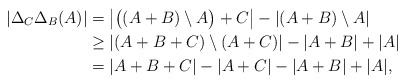
\begin{align*}\left|\Delta_C\Delta_B(A)\right|&=\left|\big((A+B)\setminus A\big)+C\right|- \left|(A+B)\setminus A\right| \\&\geq \left|(A+B+C)\setminus (A+C)\right|- \left|A+B\right|+\left|A \right|\\&= |A+B+C|- |A+C|- |A+B|+ |A|,\end{align*}